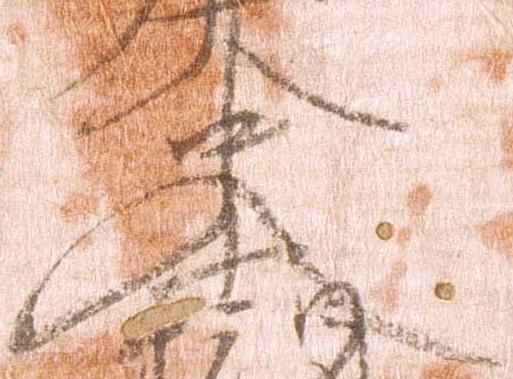
史